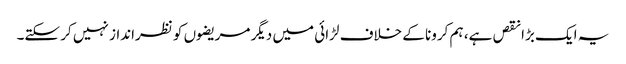
یہ ایک بڑا نقص ہے، ہم کرونا کے خلاف لڑائی میں دیگر مریضوں کو نظرانداز نہیں کر سکتے۔